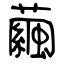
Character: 繭